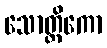
သောတ္ထိကော